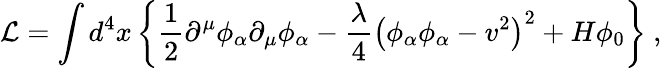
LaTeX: {\cal L}=\int d^{4}x\left\{ \frac{1}{2}\partial^{\mu}\phi_{\alpha}\partial_{\mu}\phi_{\alpha}-\frac{\lambda}{4}\left(\phi_{\alpha}\phi_{\alpha}-v^{2}\right)^{2}+H\phi_{0}\right\} \ ,